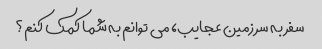
سفر به سرزمین عجایب، می توانم به شما کمک کنم؟